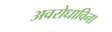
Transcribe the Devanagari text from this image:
अवरोधाविना